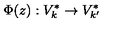
\Phi ( z ) : V _ { k } ^ { * } \rightarrow V _ { k ^ { \prime } } ^ { * }